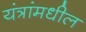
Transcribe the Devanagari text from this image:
यंत्रांमधील